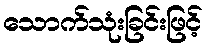
သောက်သုံးခြင်းဖြင့်